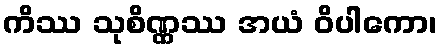
ကိဿ သုစိဏ္ဏဿ အယံ ဝိပါကော၊